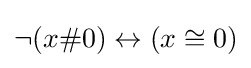
\neg (x\#0)\leftrightarrow (x\cong 0)